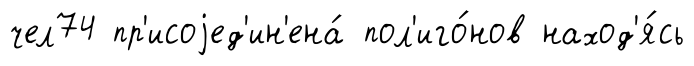
чел74 пр'исоjед'ин'ена́ пол'иго́нов наход'я́сь